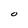
Character: O